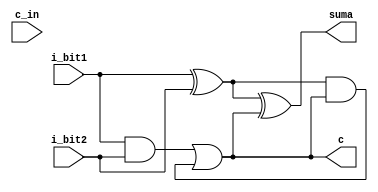
`timescale 1ps/1ps
module C_sumador
(
input i_bit1,i_bit2,c_in,
output c,suma
);
wire w_xor_xor=i_bit1 ^ i_bit2;
wire w_and_or=i_bit1 & i_bit2;
assign suma=w_xor_xor ^ c;
wire w_and_or2=w_xor_xor & c;
assign c=w_and_or | w_and_or2; 

endmodule